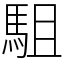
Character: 駔